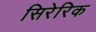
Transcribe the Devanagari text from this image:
सिरेरिक